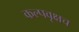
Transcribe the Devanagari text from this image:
कल्पवृक्षच